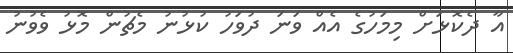
އާ ދެކޮޅަށް މިމަހުގެ އެއް ވަނަ ދުވަހު ކުޅުނު މެޗުން މޮޅު ވެވުނު